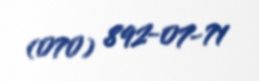
(070) 892-07-71